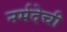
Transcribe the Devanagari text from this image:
नर्मदेची